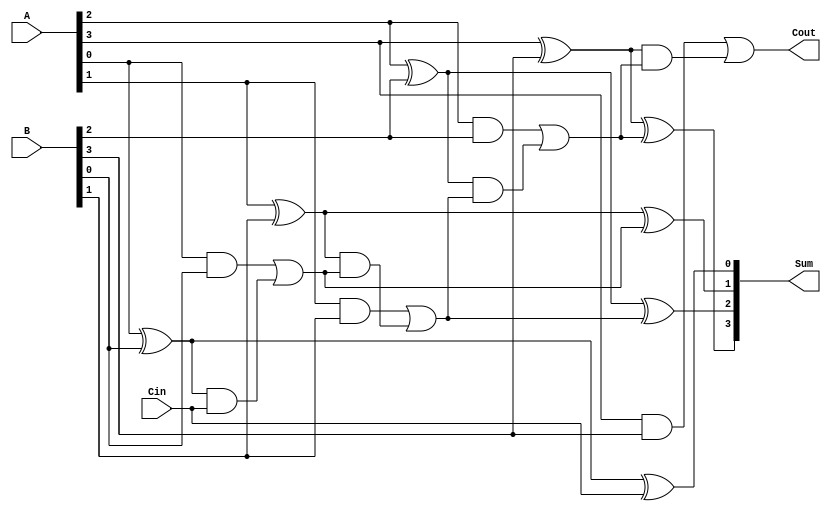
module parallel_full_adder #(parameter N = 4) (
    input  wire [N-1:0] A,       // N-bit binary number A
    input  wire [N-1:0] B,       // N-bit binary number B
    input  wire Cin,              // Carry input
    output wire [N-1:0] Sum,      // N-bit sum output
    output wire Cout              // Carry output
);
    wire [N:0] carry; // Intermediate carry wires

    // Assign the carry input to the first element of the carry array
    assign carry[0] = Cin;

    // Full Adder for each bit position
    genvar i;
    generate
        for (i = 0; i < N; i = i + 1) begin : full_adder_unit
            // Sum and Carry calculations
            assign Sum[i] = A[i] ^ B[i] ^ carry[i]; // Sum bit
            assign carry[i + 1] = (A[i] & B[i]) | ((A[i] ^ B[i]) & carry[i]); // Carry out
        end
    endgenerate

    // The final carry output
    assign Cout = carry[N];

endmodule